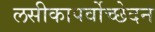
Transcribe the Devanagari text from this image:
लसीकापर्वोच्छेदन